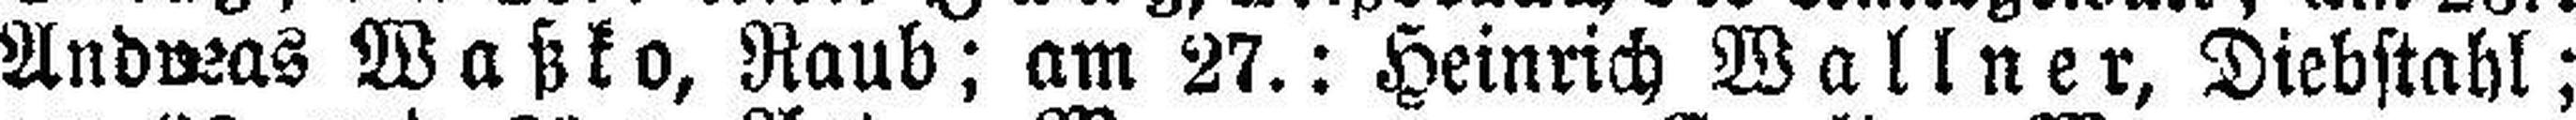
Andreas Waßko, Raub; am 27.: Heinrich Wallner, Diebstahl;